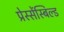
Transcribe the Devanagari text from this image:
प्रेस्सेंस्बिल्ड